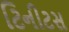
ટિનીટસ